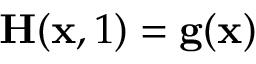
\mathbf { H } ( \mathbf { x } , 1 ) = \mathbf { g } ( \mathbf { x } )